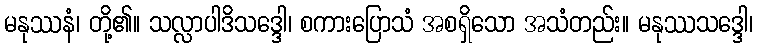
မနုဿနံ၊ တို့၏။ သလ္လာပါဒိသဒ္ဒေါ၊ စကားပြောသံ အစရှိသော အသံတည်း။ မနုဿသဒ္ဒေါ၊